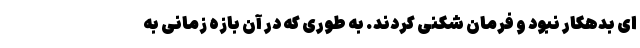
ای بدهکار نبود و فرمان شکنی کردند. به طوری که در آن بازه زمانی به